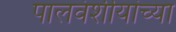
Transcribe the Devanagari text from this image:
पालवंशीयांच्या